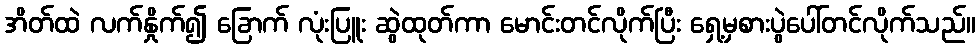
အိတ်ထဲ လက်နှိုက်၍ ခြောက် လုံးပြူး ဆွဲထုတ်ကာ မောင်းတင်လိုက်ပြီး ရှေ့မှစားပွဲပေါ်တင်လိုက်သည်။